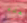
هذه